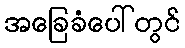
အခြေခံပေါ်တွင်